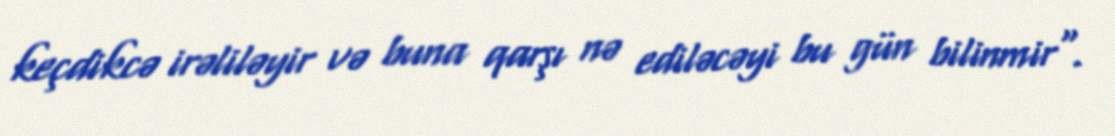
keçdikcə irəliləyir və buna qarşı nə ediləcəyi bu gün bilinmir".